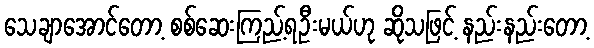
သေချာအောင်တော့ စစ်ဆေးကြည့်ရဦးမယ်ဟု ဆိုသဖြင့် နည်းနည်းတော့